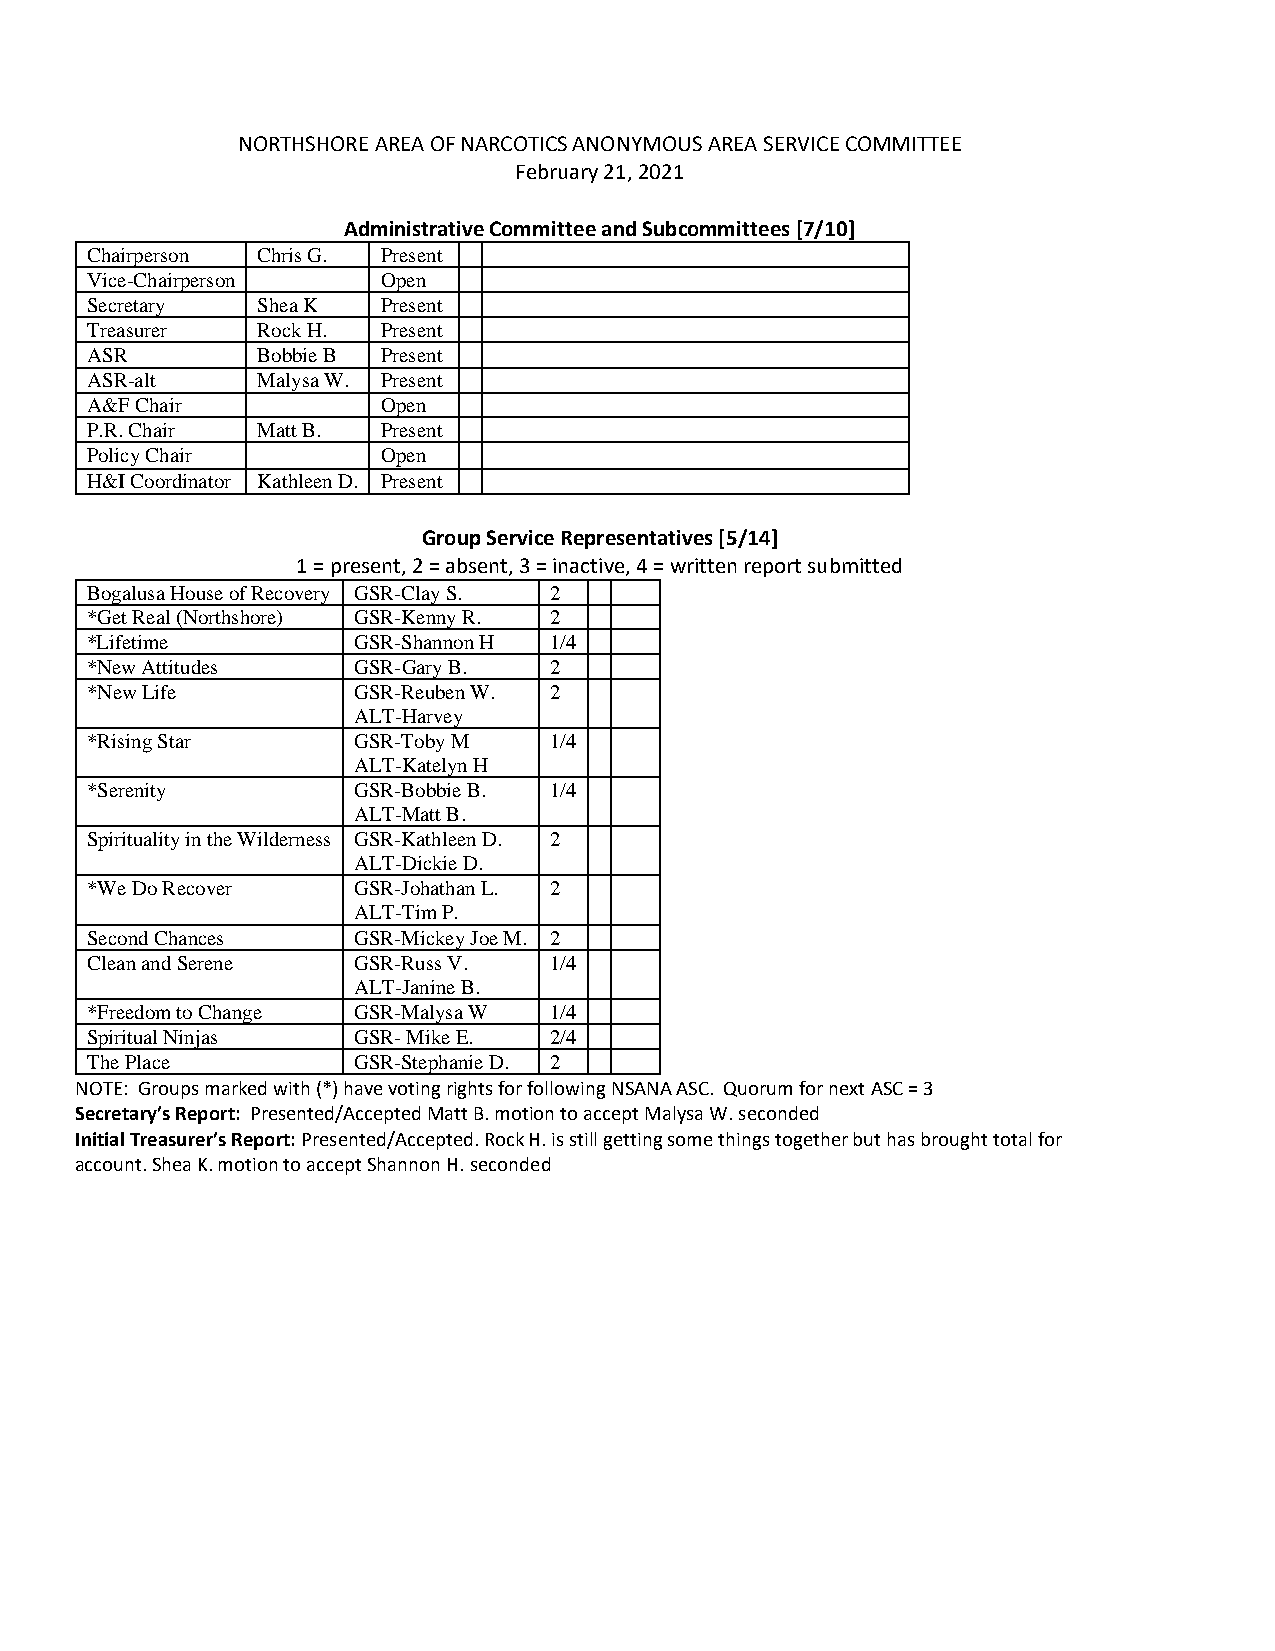
NORTHSHORE AREA OF NARCOTICS ANONYMOUS AREA SERVICE COMMITTEE
 February 21, 2021
 Administrative Committee and Subcommittees [7/10]
 Chairperson C hris G. Present
 Vice-Chairperson   Open
 Secretary  Shea K  Present
 Treasurer  Rock H. Present
 ASR        Bobbie B Present
 ASR-alt    M alysa W. Present
 A&F Chair          Open
 P.R. Chair M att B. Present
 Policy Chair       Open
 H&I Coordinator Kathleen D. Present
 Group Service Representatives [5/14]
 1 = present, 2 = absent, 3 = inactive, 4 = written report submitted
 Bogalusa House of Recovery GSR-Clay S. 2
 *Get Real (Northshore) GSR-Kenny R. 2
 *Lifetime        GSR-Shannon H 1/4
 *New Attitudes   GSR-Gary B.  2
 *New Life        GSR-Reuben W. 2
 ALT-Harvey
 *Rising Star     GSR-Toby M   1/4
 ALT-Katelyn H
 *Serenity        GSR-Bobbie B. 1/4
 ALT-Matt B.
 Spirituality in the Wilderness GSR-Kathleen D. 2
 ALT-Dickie D.
 *We Do Recover   GSR-Johathan L. 2
 ALT-Tim P.
 Second Chances   GSR-Mickey Joe M. 2
 Clean and Serene GSR-Russ V.  1/4
 ALT-Janine B.
 *Freedom to Change GSR-Malysa W 1/4
 Spiritual Ninjas GSR- Mike E. 2/4
 The Place        GSR-Stephanie D. 2
 NOTE: Groups marked with (*) have voting rights for following NSANA ASC. Quorum for next ASC = 3
 Secretary’s Report: Presented/Accepted Matt B. motion to accept Malysa W. seconded
 Initial Treasurer’s Report: Presented/Accepted. Rock H. is still getting some things together but has brought total for
 account. Shea K. motion to accept Shannon H. seconded